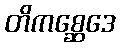
တိကစ္ဆေဒေ